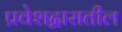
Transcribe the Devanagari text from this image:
प्रवेशद्वारातील